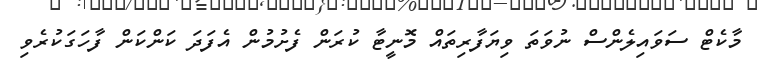
މާކެޓް ސަވައިލެންސް ނުވަތަ ވިޔަފާރިތައް މޮނީޓާ ކުރަން ފެށުމުން އެފަދަ ކަންކަން ފާހަގަކުރެވި